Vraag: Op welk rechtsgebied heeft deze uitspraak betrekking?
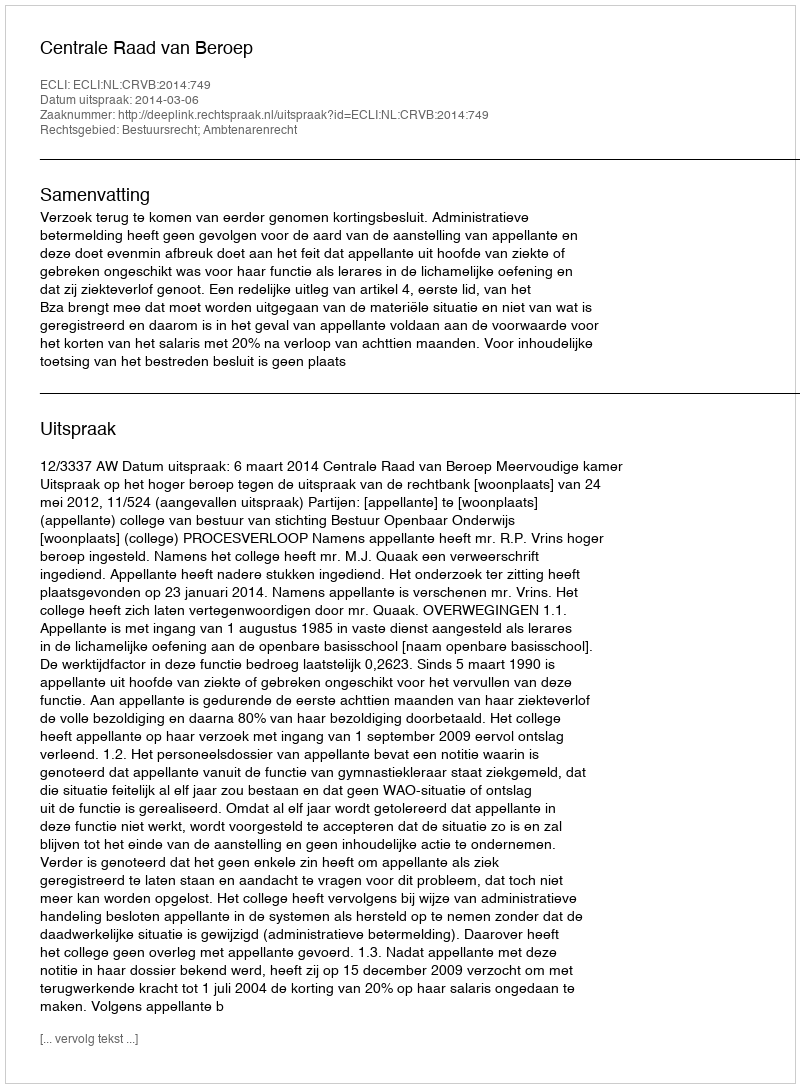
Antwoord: Bestuursrecht; Ambtenarenrecht